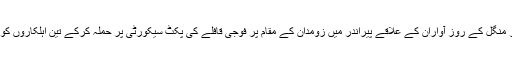
18 اکتوبر منگل کے روز آواران کے علاقے پیراندر میں زومدان کے مقام پر فوجی قافلے کی پکٹ سیکورٹی پر حملہ کرکے تین اہلکاروں کو ہلاک کیا۔